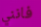
فانني